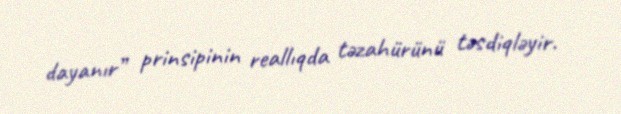
dayanır” prinsipinin reallıqda təzahürünü təsdiqləyir.